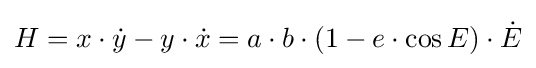
H=x\cdot {\dot {y}}-y\cdot {\dot {x}}=a\cdot b\cdot (1-e\cdot \cos E)\cdot {\dot {E}}